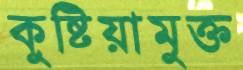
কুষ্টিয়ামুক্ত